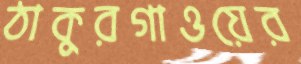
ঠাকুরগাওয়ের